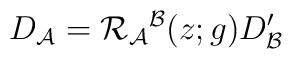
D_{{\cal A}}={\cal R}_{{\cal A}}{}^{{\cal B}}(z;g)D_{{\cal B}}^{\prime}